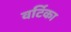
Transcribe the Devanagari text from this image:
वर्टिका